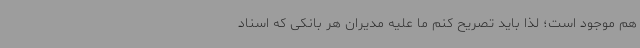
هم موجود است؛ لذا باید تصریح کنم ما علیه مدیران هر بانکی که اسناد